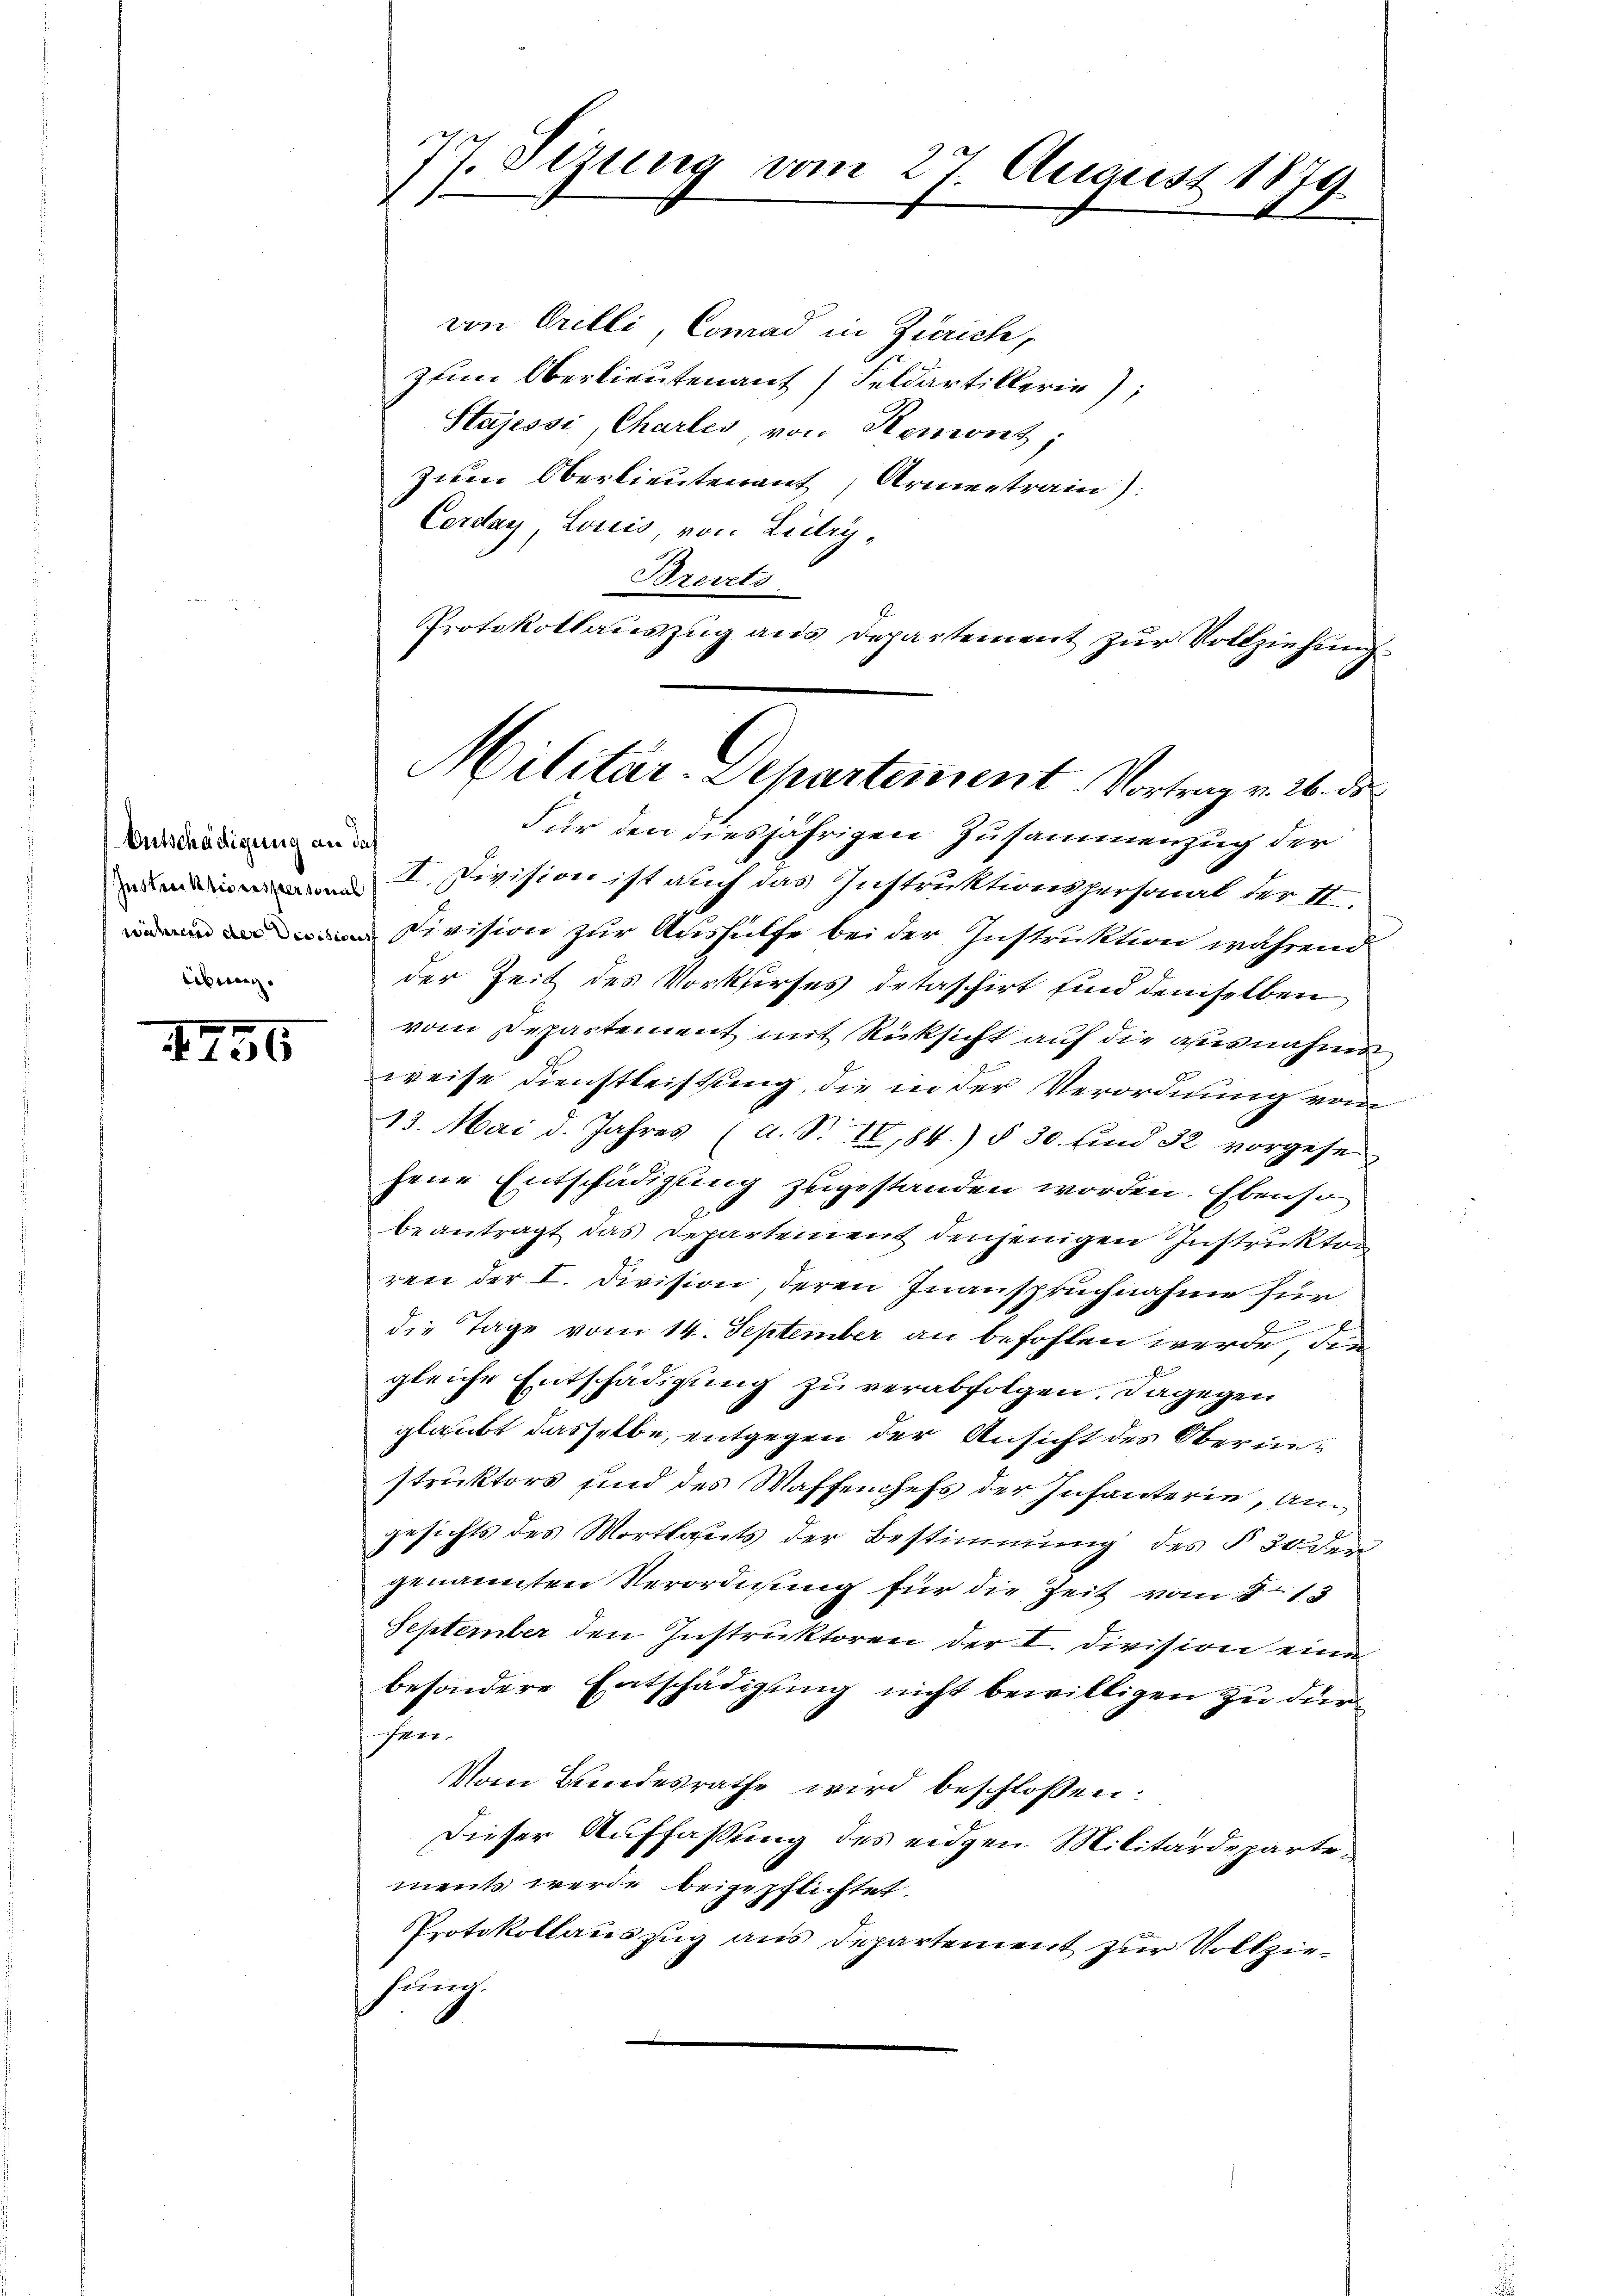
Entschädigung an da
Übung.

1756

von Grelli, Comad in Zürich,
zum Oberlieutenant (Feldartillerin);
Stajessi, Chartes, von Remont;
zum Oberlieutenant, Armentrain).
Corday, Louis, von Lutry¬
Brevets
Protokollauszug aus Departement zur Vollziehung
Für den diesjährigen Zusammenzug der
II. Division ist auch das Instruktionspersonal der II.
Division zur Aushülfe bei der Instruktion während
der Zeit des Vorkurses detaschirt sind demselben
vom Departement mit Rücksicht auf die ausnahme
weise Dienstleistung, die in der Verordnung vom
13. Mai d. Jahres (a. S. II,84) § 30. sind 32 vorgese
hene Entschädigung zugestanden worden. Ebenso
beantragt das Departement denjenigen Instruktor
ren der I. Division, deren Inanspruchnahme für
s
die Tage vom 14. September an befohlen werde den
gleiche Entschädigung zu verabfolgen. Dagegen
glaubt dasselbe, entgegen der Ansicht des Oberinstruktors sind des Waffenchefs der Infanterie, Angesichts des Wortlauts der Bestimmung des § 30 der
genannten Verordnung für die Zeit vom 8. 13
September den Instruktoren der I. Division eine
besondere Entschädigung nicht bewilligen zu dürsen.
Vom Bundesrathe wird beschlossen:
Dieser Auffassung des eidgen. Militärdepartements werde beigepflichtet.
Protokollauszug aus Departement zur Vollziehiung.

77. Sizung vom 27. August 1879

Militar-Departement. Vortrag v. 26. de